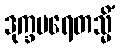
ဒုက္ခပရေတသ္မိံ